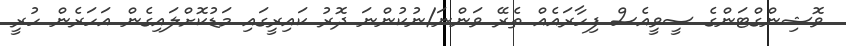
ވޮޝިންގްޓަންގެ ސީވީއެސް ފިހާރައެއް ތެރޭ ވަންނަ/ނުކުންނަ ދޮރު ކައިރީގައި މަޑުކޮށްލައިގެން އަހަރެން ހުރީ